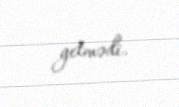
getmədi.